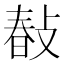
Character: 𢾎